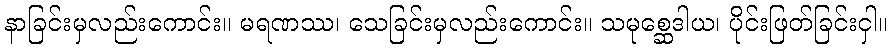
နာခြင်းမှလည်းကောင်း။ မရဏဿ၊ သေခြင်းမှလည်းကောင်း။ သမုစ္ဆေဒါယ၊ ပိုင်းဖြတ်ခြင်းငှါ။